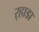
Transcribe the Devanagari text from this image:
र्‍हाडा